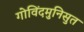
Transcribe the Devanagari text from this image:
गोविंदमुनिसुत